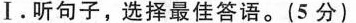
Ⅰ.听句子,选择最佳答语.(5 分)